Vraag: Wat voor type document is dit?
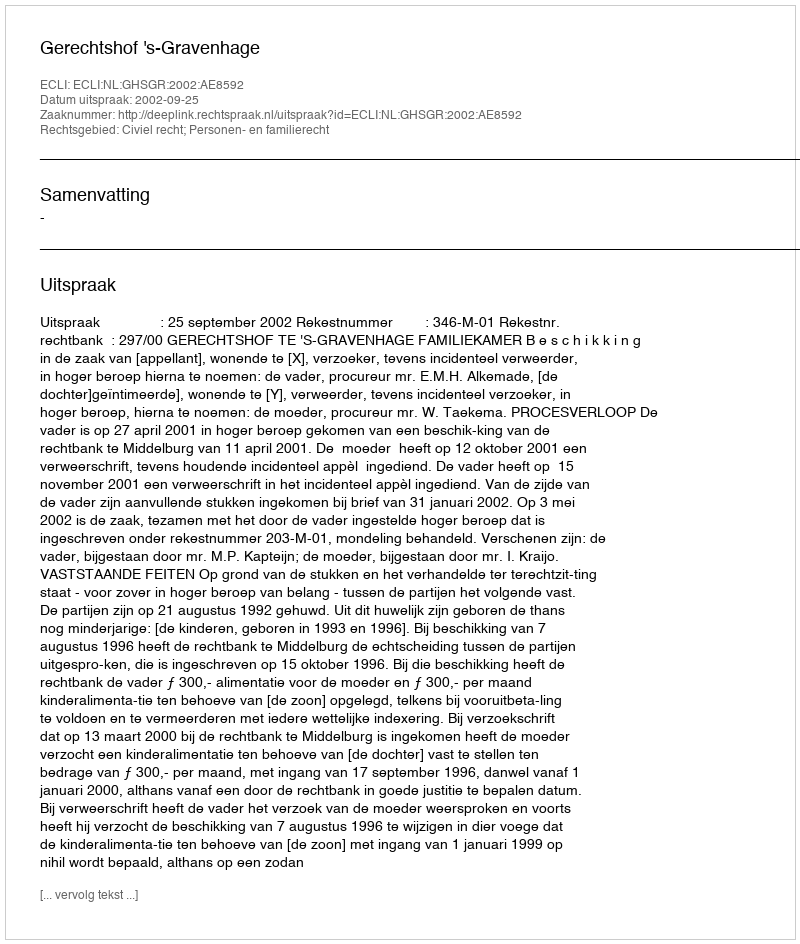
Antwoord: Uitspraak